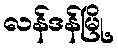
လန်ဒန်မြို့